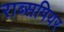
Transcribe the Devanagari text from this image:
राब्सपियर